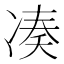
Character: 凑